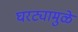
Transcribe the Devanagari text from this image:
घरट्यामुळे